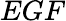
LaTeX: EGF